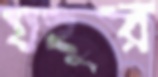
যহুর